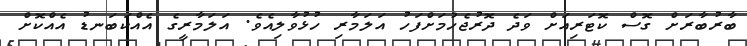
ބާރުބާރަށް ގޮސް ކޮޓަރިއަށް ވަދެ ދޮރުޖެހުމަށްފަހު އަލަމާރި ހުޅުވާލިއެވެ. އަލަމާރީގެ އެއްކަބަނޑު އެއްކޮށް